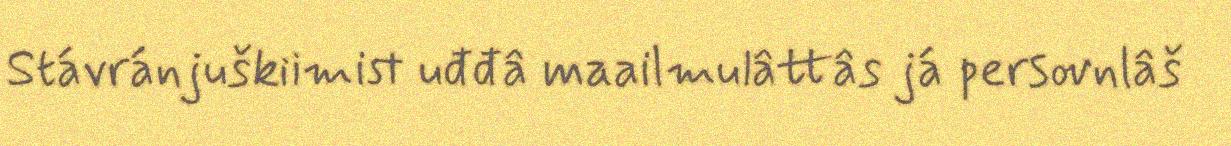
Stávránjuškiimist uđđâ maailmulâttâs já persovnlâš